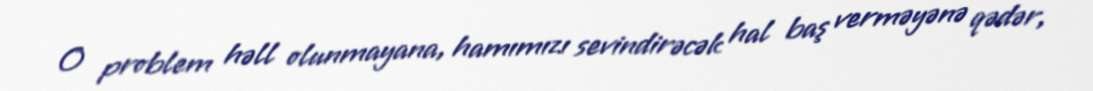
O problem həll olunmayana, hamımızı sevindirəcək hal baş verməyənə qədər,